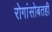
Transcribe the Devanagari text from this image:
रोगांसोबतही